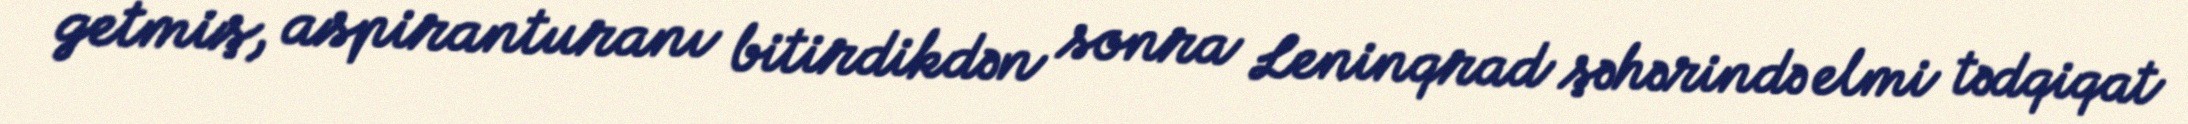
getmiş, aspiranturanı bitirdikdən sonra Leninqrad şəhərində elmi tədqiqat